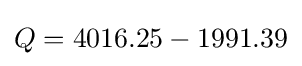
Q=4016.25-1991.39